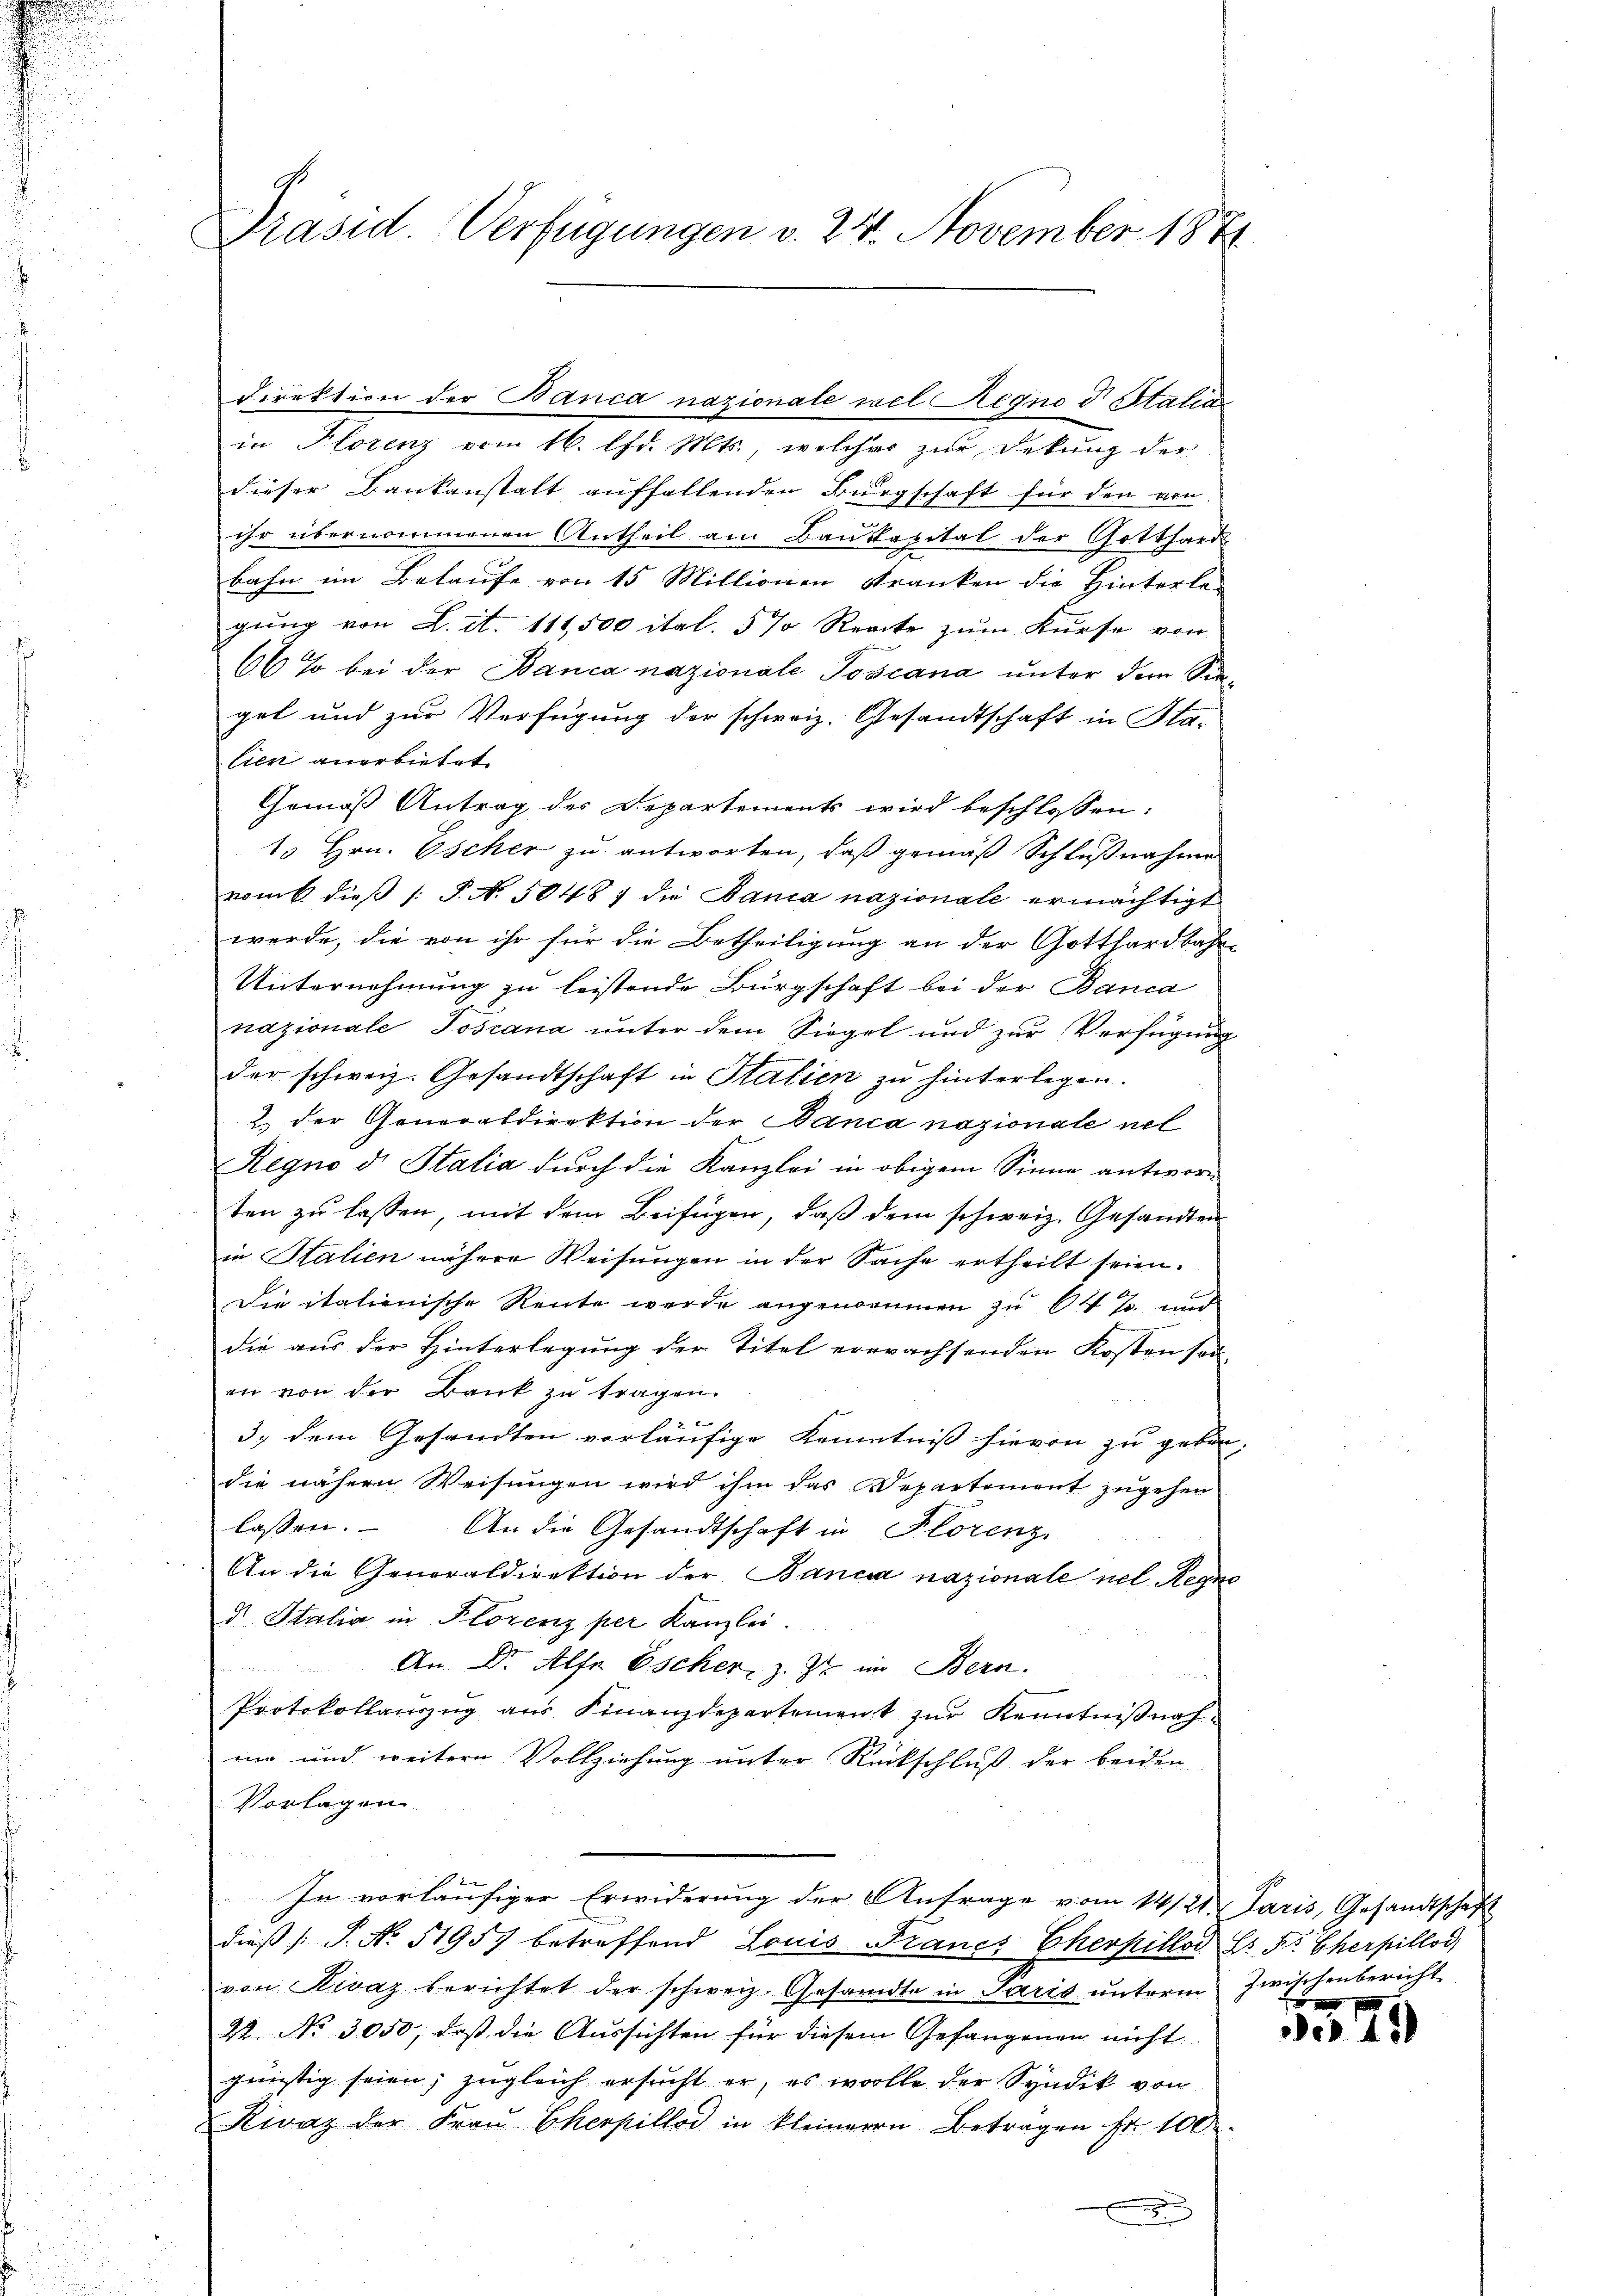
.

in Plorenz vom 16. d. Mts., welches zur Dekung der
dieser Bankanstalt auffallenden Bürgschaft für den von
ihr übernommenen Antheil am Baukapital der Gotthard
bahn im Belaufe von 15 Millionen Kranken die Hinterle-
gung von L. it. 111,500 ital. 5 % Reacte zum Kurse von
66 so bei der Banca nazionale Toscana unter dem Singet und zur Verfügung der schweiz. Gesandtschaft in Sta-
lien anerbietet.
Gemäß Antrag des Departements wird beschlossen:
15 Hrn. Escher zu antworten, daß gemäß Schlußnahme
vomb dieβ /: P. N. 50487 die Banca nazionale ermächtigt
werde, die von ihr für die Betheiligung an der Gotthardbahn-
Unternehmung zu leistende Bürgschaft bei der Banca
nazionale Toscana unter dem Siegel und zur Verfügung
der schweiz. Gesandtschaft in Stalien zu hinterlegen.
2.) der Generaldirektion der Banca nazionale nel
Regno d. Stalia durch die Kanzlei in obigem Sinne antworten zu lassen, mit dem Beifügen, daß dem schweiz. Gesandten
in Stalien nähere Weisŭngen in der Sache ertheilt seien.
Die italienische Rente werde angenommen zu 64 % und
die aus der Hinterlegung der Titel erwachsenden Kosten sei-
en von der Bank zŭ tragen.
b
3) dem Gesandten vorläufige Kenntniß hievon zu geben,
die nähern Weisungen wird ihm das Departement zugehen
lassen. An die Gesandtschaft in Florenz
An die Generaldirektion der Bancia nazionale nel Regne
d Italia in Florenz per Kanzlei.
An Dr. Alfe Escher z. Z. im Bern.
Protokollauszug aus Finanzdepartement zur Kenntnißnahmie und weitere Vollziehung unter Rückschluß der beiden
Vorlagen
In vorläufiger Erwiderung der Anfrage vom 14/21. Paris, Gesandtschaft
dieß P. Nr. 51957 betreffend Louis Francs Cherpillod Hr. Pr. Cherpillod
von Rivaz berichtet der schweiz. Gesandte in Paris ŭnterm zwischenbericht
22. No. 3050, daß die Aussichten für diesem Gefangenen nicht
günstig seien; zugleich ersucht er, es wolle der Syndik von
Rivaz der Fraŭ Cherpillod in kleineren Beträgen Fr. 100
x

Präsid. Verfügungen v. 24. November 1871

direktion der Banca nazionale vel Regno d. Statio

x

er 48